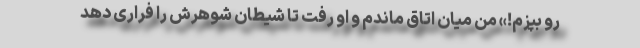
رو بپزم!» من میان اتاق ماندم و او رفت تا شیطان شوهرش را فراری دهد